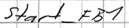
Text: Start_FB1